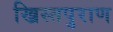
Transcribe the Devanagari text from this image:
ख्रिस्तपुराण